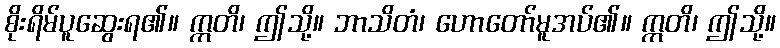
စိုးရိမ်ပူဆွေးရ၏။ ဣတိ၊ ဤသို့။ ဘာသိတံ၊ ဟောတော်မူအပ်၏။ ဣတိ၊ ဤသို့။